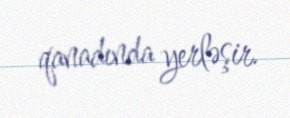
qanadında yerləşir.